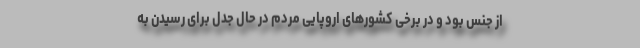
از جنس بود و در برخی کشورهای اروپایی مردم در حال جدل برای رسیدن به